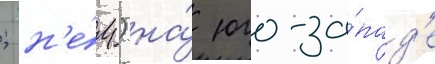
; н'е́м.) на́ юго-за́пад'е